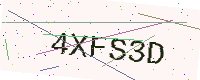
Text: 4XFS3D